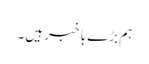
ہم بڑے با خبر ہیں۔